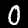
Digit: 0